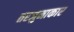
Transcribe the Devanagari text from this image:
तरजुमाकार